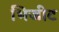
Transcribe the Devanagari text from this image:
भिजीट